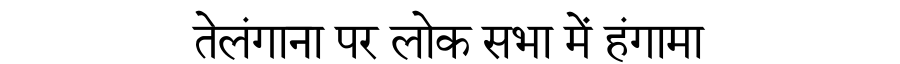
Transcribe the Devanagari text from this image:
तेलंगाना पर लोक सभा में हंगामा